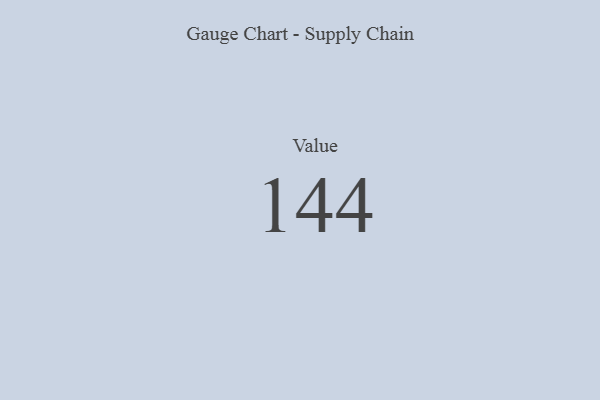
{"axis": {"x": "Metric", "y": "Value"}, "legend": [""], "data": [{"x": "Value", "y": 144, "type": ""}]}